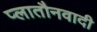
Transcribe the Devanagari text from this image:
प्लातौनवादी